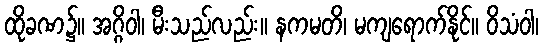
ထိုခဏ၌။ အဂ္ဂိဝါ၊ မီးသည်လည်း။ နကမတိ၊ မကျရောက်နိုင်။ ဝိသံဝါ၊